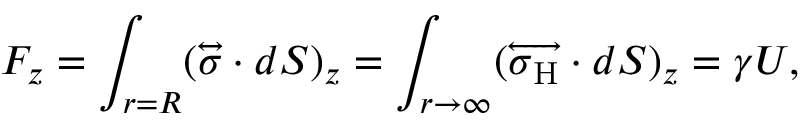
F _ { z } = \int _ { r = R } ( \overleftrightarrow { \boldsymbol { \sigma } } \cdot d \boldsymbol { S } ) _ { z } = \int _ { r \to \infty } ( \overleftrightarrow { \boldsymbol { \sigma } _ { \mathrm { H } } } \cdot d \boldsymbol { S } ) _ { z } = \gamma U ,